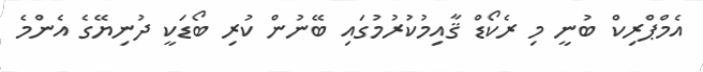
އެމްޕްރިކް ބުނީ މި ރެކޯޑް ޤާއިމުކުރުމުގައި ބޭނުން ކުރި ބޯޑަކީ ދުނިޔޭގެ އެންމެ